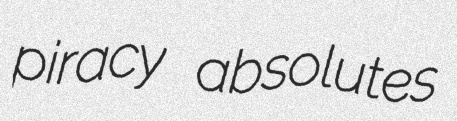
piracy absolutes